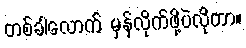
တစ်ခါလောက် မှန်လိုက်ဖို့ပဲလိုတာ။